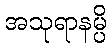
အသုရာနမ္ပိ